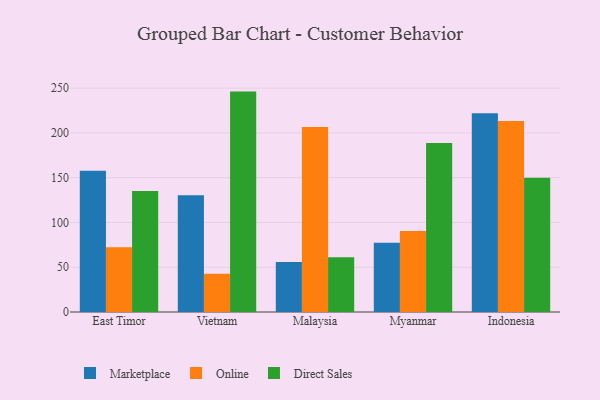
{"axis": {"x": "Country", "y": "Production Output"}, "legend": ["Direct Sales", "Marketplace", "Online"], "data": [{"x": "East Timor", "y": 157.6, "type": "Marketplace"}, {"x": "East Timor", "y": 72.2, "type": "Online"}, {"x": "East Timor", "y": 135.2, "type": "Direct Sales"}, {"x": "Vietnam", "y": 130.5, "type": "Marketplace"}, {"x": "Vietnam", "y": 42.6, "type": "Online"}, {"x": "Vietnam", "y": 246.1, "type": "Direct Sales"}, {"x": "Malaysia", "y": 55.7, "type": "Marketplace"}, {"x": "Malaysia", "y": 206.6, "type": "Online"}, {"x": "Malaysia", "y": 61.1, "type": "Direct Sales"}, {"x": "Myanmar", "y": 77.3, "type": "Marketplace"}, {"x": "Myanmar", "y": 90.4, "type": "Online"}, {"x": "Myanmar", "y": 188.8, "type": "Direct Sales"}, {"x": "Indonesia", "y": 222.0, "type": "Marketplace"}, {"x": "Indonesia", "y": 213.4, "type": "Online"}, {"x": "Indonesia", "y": 149.9, "type": "Direct Sales"}]}